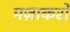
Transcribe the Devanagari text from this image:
मज़ाकरों